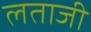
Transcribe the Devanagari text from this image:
लताजी